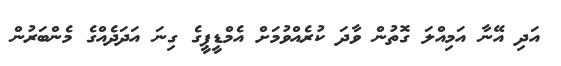
އަދި އޭނާ އަމިއްލަ ގޮތުން ވާދަ ކުރެއްވުމަށް އެމްޑީޕީގެ ގިނަ އަދަދެއްގެ މެންބަރުން